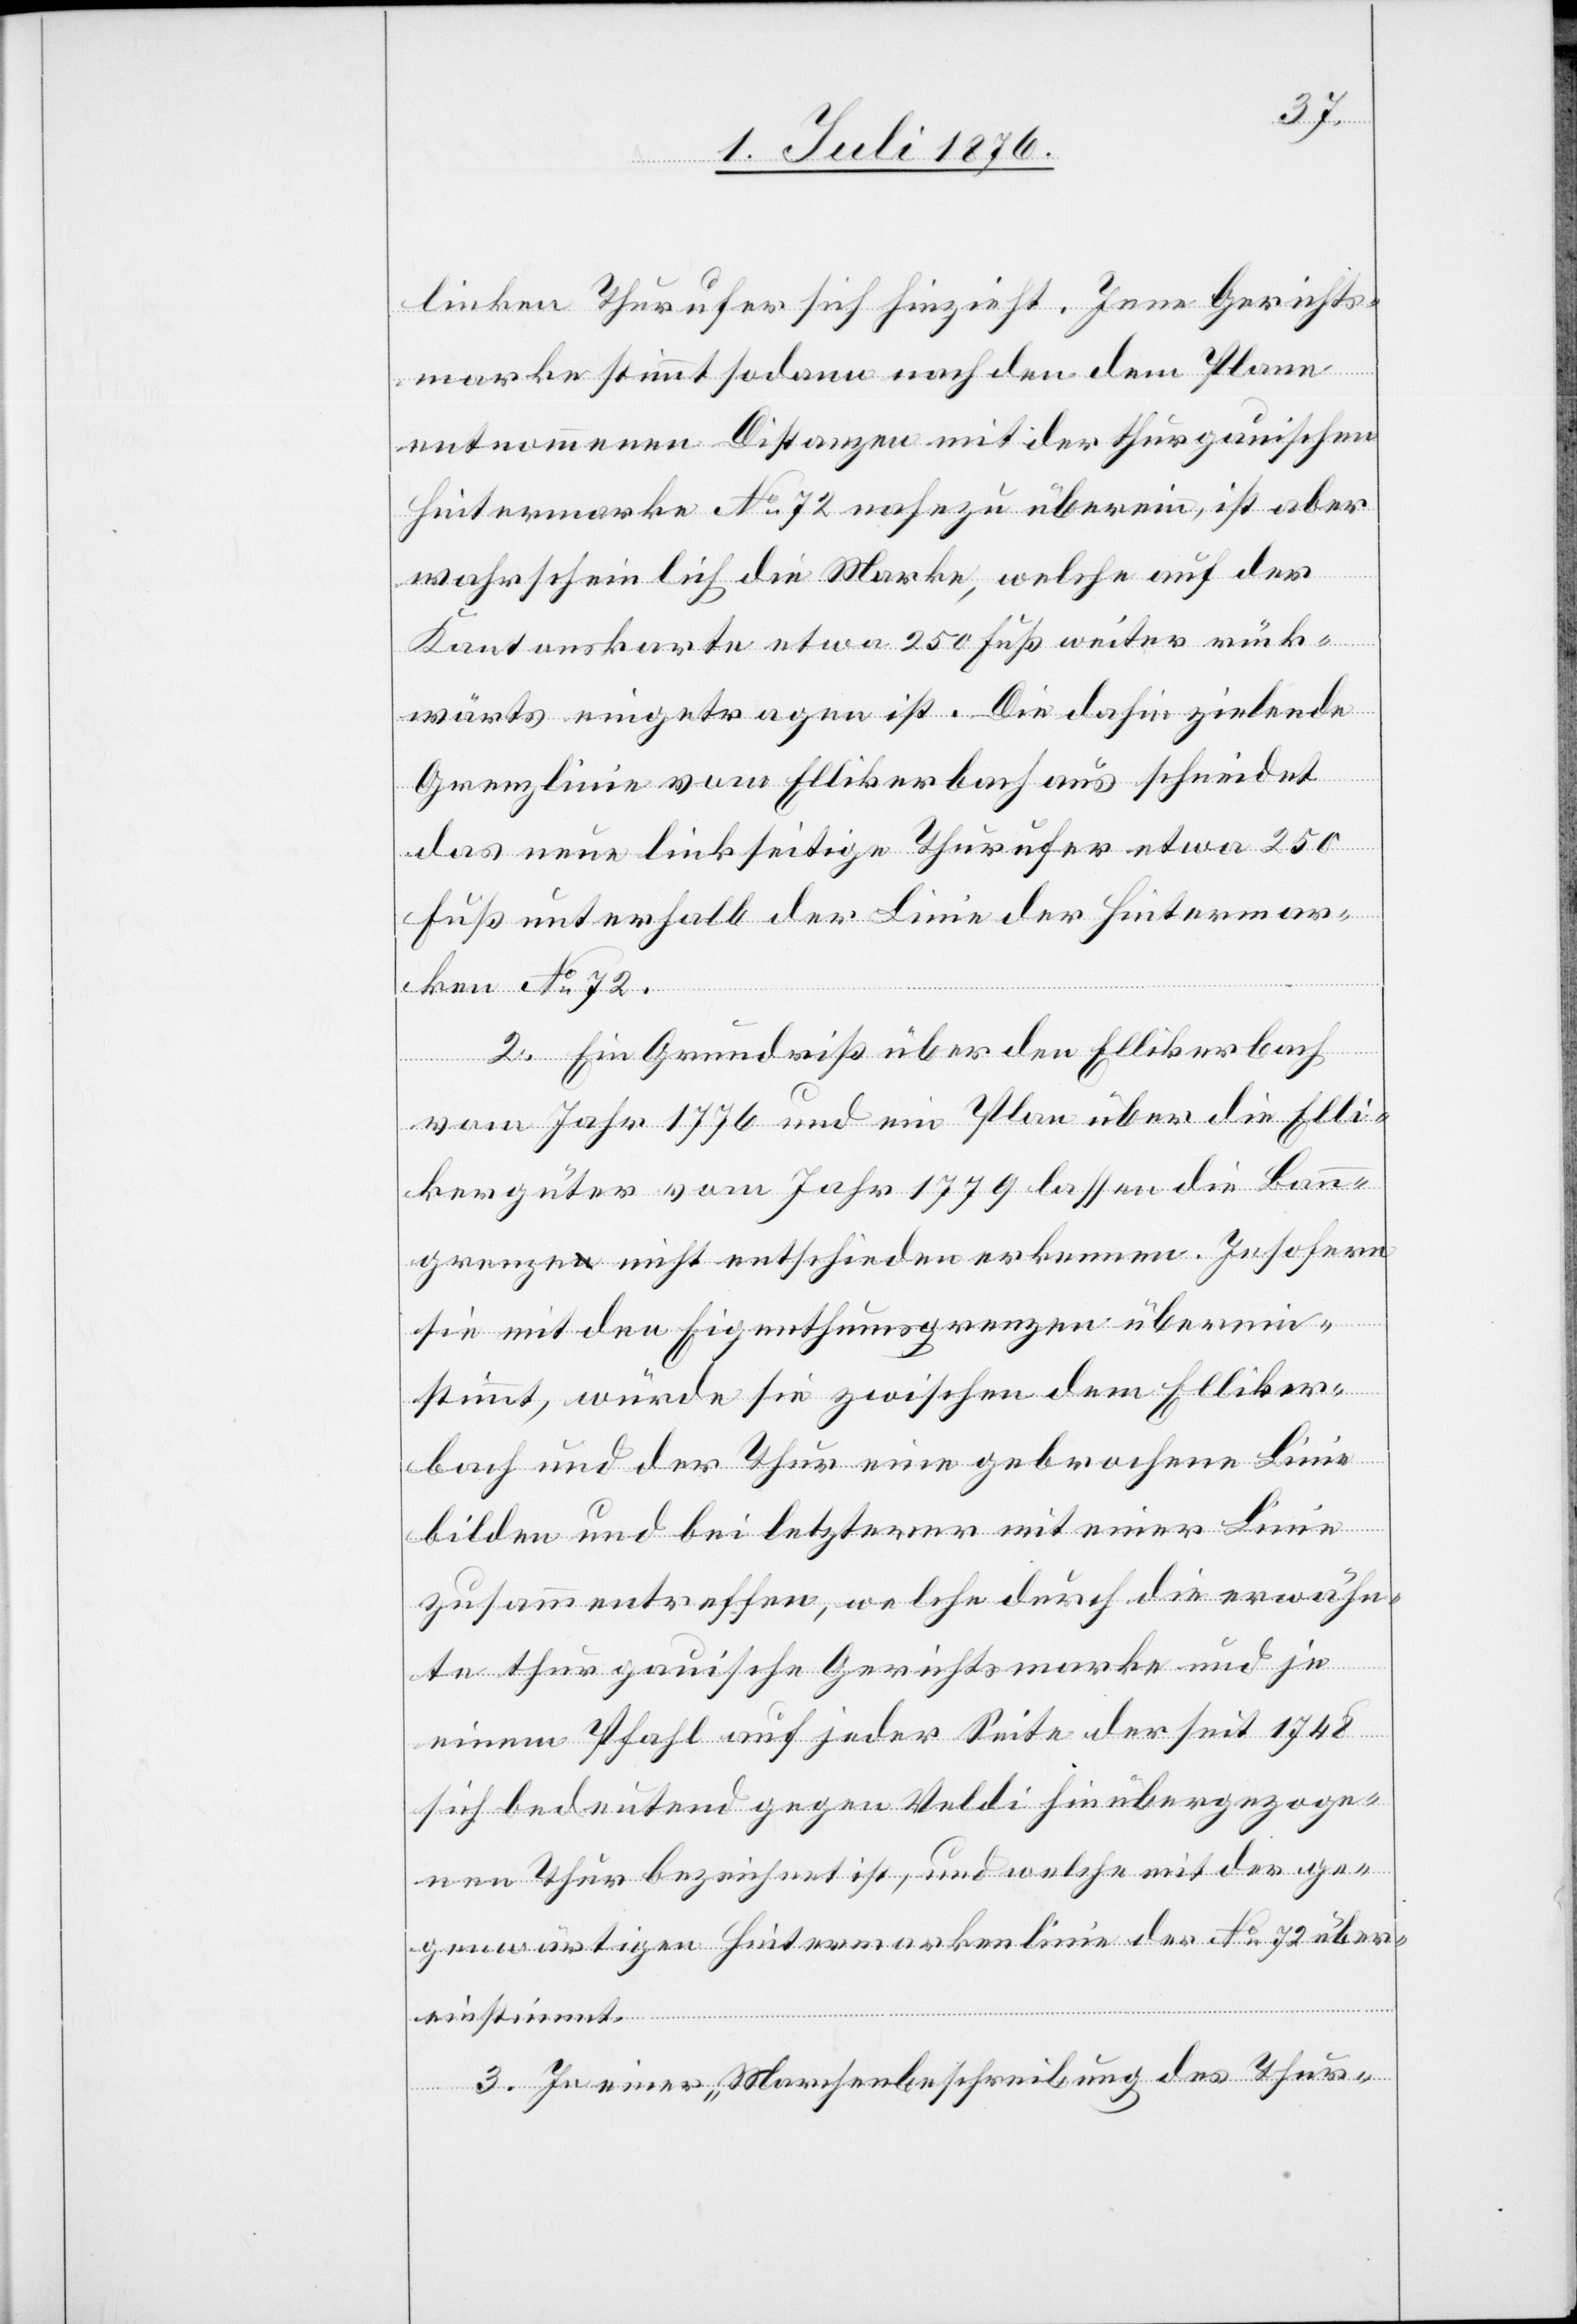
linken Thurufer sich hinzieht. Jene Gerichts¬
marke stimmt sodann nach den dem Plane
entnommenen Distanzen mit der thurgauischen
Hintermarke No 72 nahezu überein, ist aber
wahrscheinlich die Marke, welche auf der
Kantonskarte etwa 250 Fuß weiter rück¬
wärts eingetragen ist. Die dahin zielende
Grenzlinie vom Ellikerbach aus schneidet
das neue linkseitige Thurufer etwa 250
Fuß unterhalb der Linie der Hintermar¬
ken No 72.
2. Ein Grundriß über den Ellikerbach
vom Jahr 1776 und ein Plan über die Elli¬
kergüter vom Jahr 1779 lassen die Bann¬
grenzen nicht entschieden erkennen. Insofern
sie mit den Eigenthumsgrenzen überein¬
stimmt, würde sie zwischen dem Elliker¬
bach und der Thur eine gebrochene Linie
bilden und bei letzterer mit einer Linie
zusammentreffen, welche durch die erwähn¬
te thurgauische Gerichtsmarke und je
einem Pfahl auf jeder Seite der seit 1748
sich bedeutend gegen Veldi hinübergezoge¬
nen Thur bezeichnet ist, und welche mit der ge¬
genwärtigen Hintermarkenlinie der No 72 über¬
einstimmt.
3. In einer „Marchenbeschreibung des Thur-